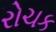
રોચક